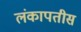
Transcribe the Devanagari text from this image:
लंकापतीस